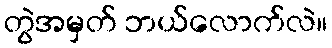
တွဲအမှတ် ဘယ်လောက်လဲ။